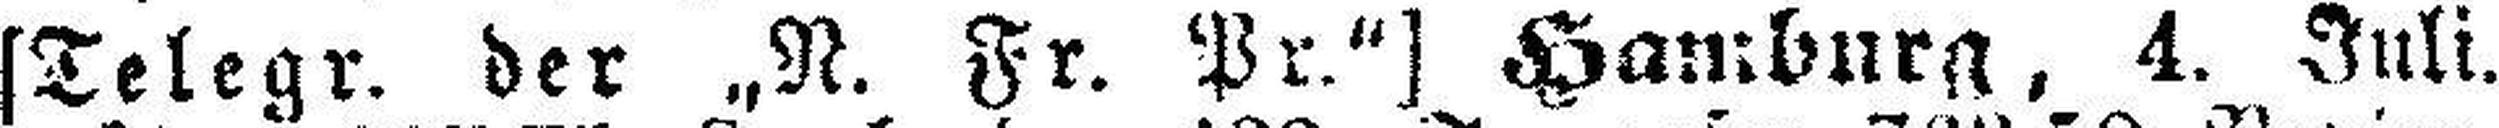
[Telegr. der „N. Fr. Pr.“] Hamburg, 4. Juli.